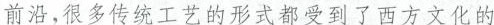
前沿，很多传统工艺的形式都受到了西方文化的